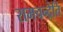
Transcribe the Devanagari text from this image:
रामचन्द्रेति